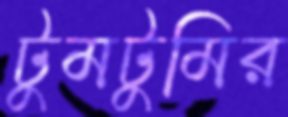
টুমটুমির